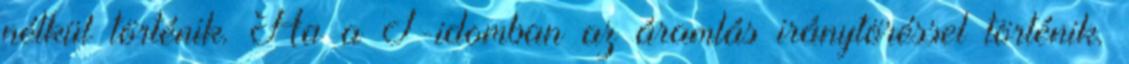
nélkül történik. Ha a T-idomban az áramlás iránytöréssel történik.